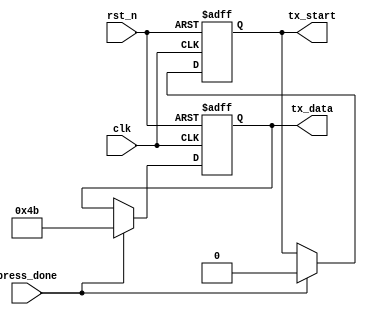
`timescale 1ns/1ps
/***************************************************************************
Name:
Date: 7/11/2016
Founction: Send out 'K'
Note:
****************************************************************************/
module press_done_tx( 
clk,rst_n,tx_start,press_done,tx_data
);

input clk;
input rst_n;
input press_done;

output tx_start;
output [7:0] tx_data;

reg tx_start;
reg[7:0] tx_data;

always @ (posedge clk or negedge rst_n) begin
	if (!rst_n)begin
		tx_start <= 1'b1;
      tx_data <= 'hzz;
	end
	else if(press_done)begin
		tx_start <= 1'b0;
		tx_data <= 8'h4b;
	end
	
end 

endmodule